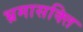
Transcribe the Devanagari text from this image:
भ्रमासक्‍ति